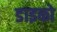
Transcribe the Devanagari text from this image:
डाइको